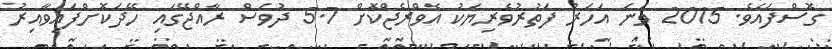
ގޮސްފައެވެ. 2015 ވަނަ އަހަރު ފަތުރުވެރިޔަކު އެވްރެޖްކޮށް 5.7 ދުވަސް ރާއްޖޭގައި ހޭދަކޮށްފައިވާއިރު